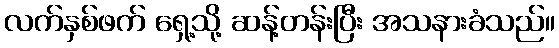
လက်နှစ်ဖက် ရှေ့သို့ ဆန့်တန်းပြီး အသနားခံသည်။